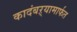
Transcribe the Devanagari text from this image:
कादंबऱ्यामार्फत